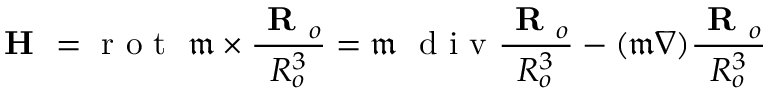
\textbf { H } = \textrm { r o t } \ \mathfrak { m } \times \frac { \textbf { R } _ { o } } { R _ { o } ^ { 3 } } = \mathfrak { m } \ \textrm { d i v } \frac { \textbf { R } _ { o } } { R _ { o } ^ { 3 } } - ( \mathfrak { m } \nabla ) \frac { \textbf { R } _ { o } } { R _ { o } ^ { 3 } }